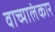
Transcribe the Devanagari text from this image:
वाच्यालंकार